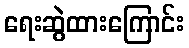
ရေးဆွဲထားကြောင်း